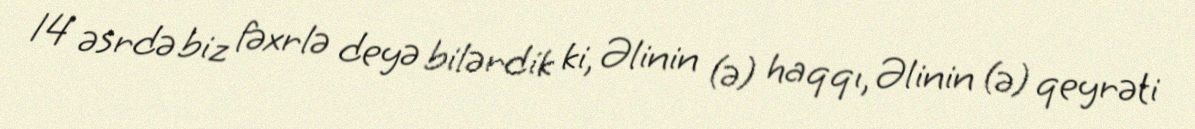
14 əsrdə biz fəxrlə deyə bilərdik ki, Əlinin (ə) haqqı, Əlinin (ə) qeyrəti